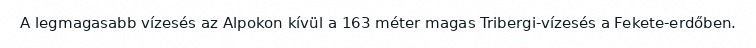
A legmagasabb vízesés az Alpokon kívül a 163 méter magas Tribergi-vízesés a Fekete-erdőben.